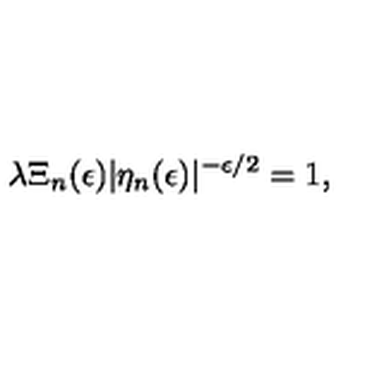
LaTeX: \lambda \Xi _ { n } ( \epsilon ) | \eta _ { n } ( \epsilon ) | ^ { - \epsilon / 2 } = 1 ,